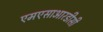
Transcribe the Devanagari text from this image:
एमएसाआरडीसी